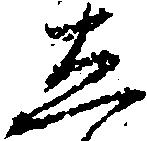
し